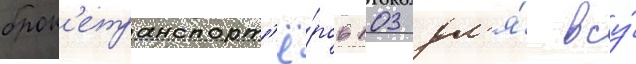
брон'етранспорт'ё́ров 103 дл'я́ всу́